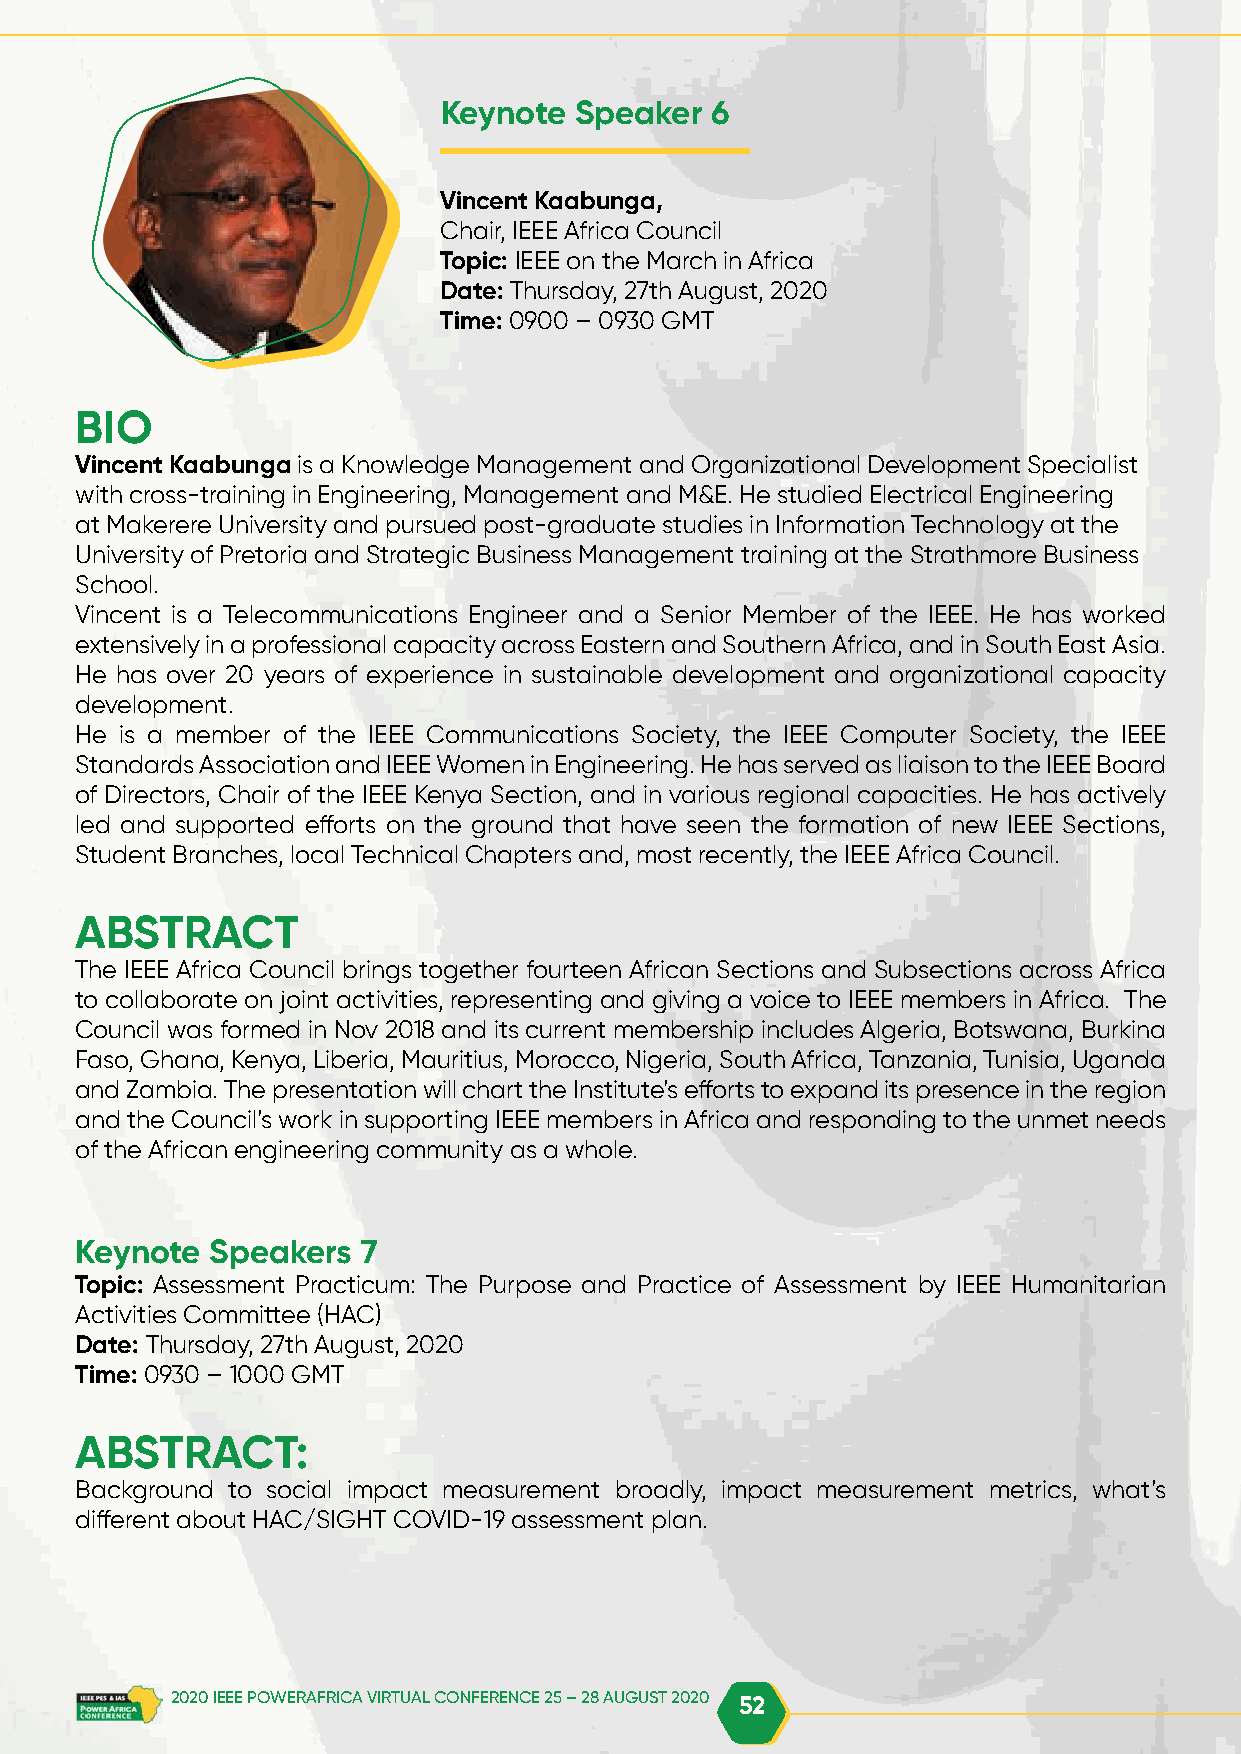
Keynote  Speaker  6
 Vincent Kaabunga,
 Chair, IEEE Africa Council
 Topic: IEEE on the March in Africa
 Date: Thursday, 27th August, 2020
 Time: 0900 – 0930 GMT
 BIO
 Vincent Kaabunga is a Knowledge Management and Organizational Development Specialist
 with cross-training in Engineering, Management and M&E. He studied Electrical Engineering
 at Makerere University and pursued post-graduate studies in Information Technology at the
 University of Pretoria and Strategic Business Management training at the Strathmore Business
 School.
 Vincent is a Telecommunications Engineer and a Senior Member of the IEEE. He has worked
 extensively in a professional capacity across Eastern and Southern Africa, and in South East Asia.
 He has over 20 years of experience in sustainable development and organizational capacity
 development.
 He is a member of the IEEE Communications Society, the IEEE Computer Society, the IEEE
 Standards Association and IEEE Women in Engineering. He has served as liaison to the IEEE Board
 of Directors, Chair of the IEEE Kenya Section, and in various regional capacities. He has actively
 led and supported efforts on the ground that have seen the formation of new IEEE Sections,
 Student Branches, local Technical Chapters and, most recently, the IEEE Africa Council.
 ABSTRACT
 The IEEE Africa Council brings together fourteen African Sections and Subsections across Africa
 to collaborate on joint activities, representing and giving a voice to IEEE members in Africa. The
 Council was formed in Nov 2018 and its current membership includes Algeria, Botswana, Burkina
 Faso, Ghana, Kenya, Liberia, Mauritius, Morocco, Nigeria, South Africa, Tanzania, Tunisia, Uganda
 and Zambia. The presentation will chart the Institute’s efforts to expand its presence in the region
 and the Council’s work in supporting IEEE members in Africa and responding to the unmet needs
 of the African engineering community as a whole.
 Keynote  Speakers  7
 Topic: Assessment Practicum: The Purpose and Practice of Assessment by IEEE Humanitarian
 Activities Committee (HAC)
 Date: Thursday, 27th August, 2020
 Time: 0930 – 1000 GMT
 ABSTRACT:
 Background to social impact measurement broadly, impact measurement metrics, what’s
 different about HAC/SIGHT COVID-19 assessment plan.
 2020 IEEE POWERAFRICA VIRTUAL CONFERENCE 25 – 28 AUGUST 2020 52